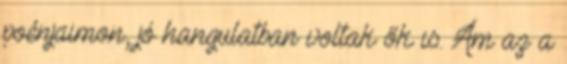
poénjaimon, jó hangulatban voltak ők is. Ám az a